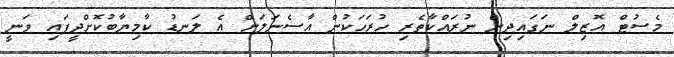
މެސުޓް އޮޒިލް ނަގައިދިން ނުރައްކާތެރި ހުރަހަކުން އާސެނަލަށް އެ ލަނޑު ކާމިޔާބުކޮށްދީފައި ވަނީ